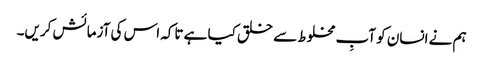
ہم نے انسان کو آبِ مخلوط سے خلق کیا ہے تاکہ اس کی آزمائش کریں۔